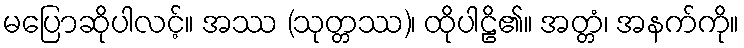
မပြောဆိုပါလင့်။ အဿ (သုတ္တဿ)၊ ထိုပါဠိ၏။ အတ္တံ၊ အနက်ကို။